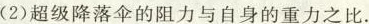
(2)超级降落伞的阻力与自身的重力之比。